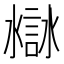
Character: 𧩁